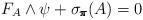
LaTeX: \begin{align*}F_A \wedge \psi + \sigma_{\pmb{\pi}}(A) = 0\end{align*}